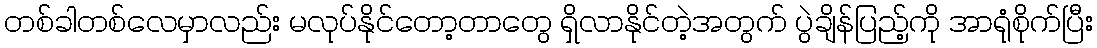
တစ်ခါတစ်လေမှာလည်း မလုပ်နိုင်တော့တာတွေ ရှိလာနိုင်တဲ့အတွက် ပွဲချိန်ပြည့်ကို အာရုံစိုက်ပြီး